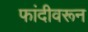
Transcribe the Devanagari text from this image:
फांदीवरून